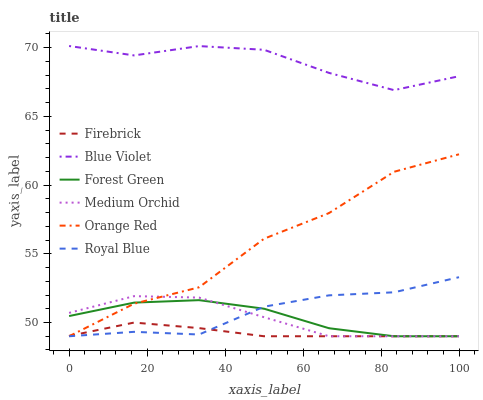
| xaxis_label | Firebrick | Blue Violet | Forest Green | Medium Orchid | Orange Red | Royal Blue |
 | --- | --- | --- | --- | --- | --- | --- |
 | 0 | 49 | 70.1 | 50.5 | 50.7 | 49 | 49 |
 | 16.7 | 50 | 69.4 | 51.4 | 51.9 | 51.4 | 49.3 |
 | 33.3 | 49.6 | 70.1 | 51.6 | 51.8 | 52.6 | 49.1 |
 | 50 | 49 | 69.8 | 51 | 50.4 | 56.1 | 51.2 |
 | 66.7 | 49 | 68.2 | 49.6 | 49 | 58 | 52 |
 | 83.3 | 49 | 66.9 | 49 | 49 | 61 | 52.2 |
 | 100 | 49 | 67.9 | 49 | 49 | 62.2 | 53.3 |